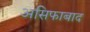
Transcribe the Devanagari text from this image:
असिफाबाद